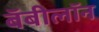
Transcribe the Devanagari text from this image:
बॅबीलॉन